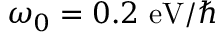
\protect \omega _ { 0 } = 0 . 2 \ \mathrm { e V } / \hbar